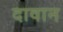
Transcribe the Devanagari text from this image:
दावान